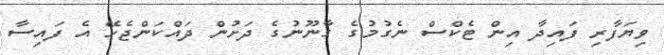
ވިޔަފާރި ފައިދާ އިން ޓެކްސް ނެގުމުގެ ގާނޫނުގެ ދަށުން ދައްކަންޖެހޭ އެ ފައިސާ